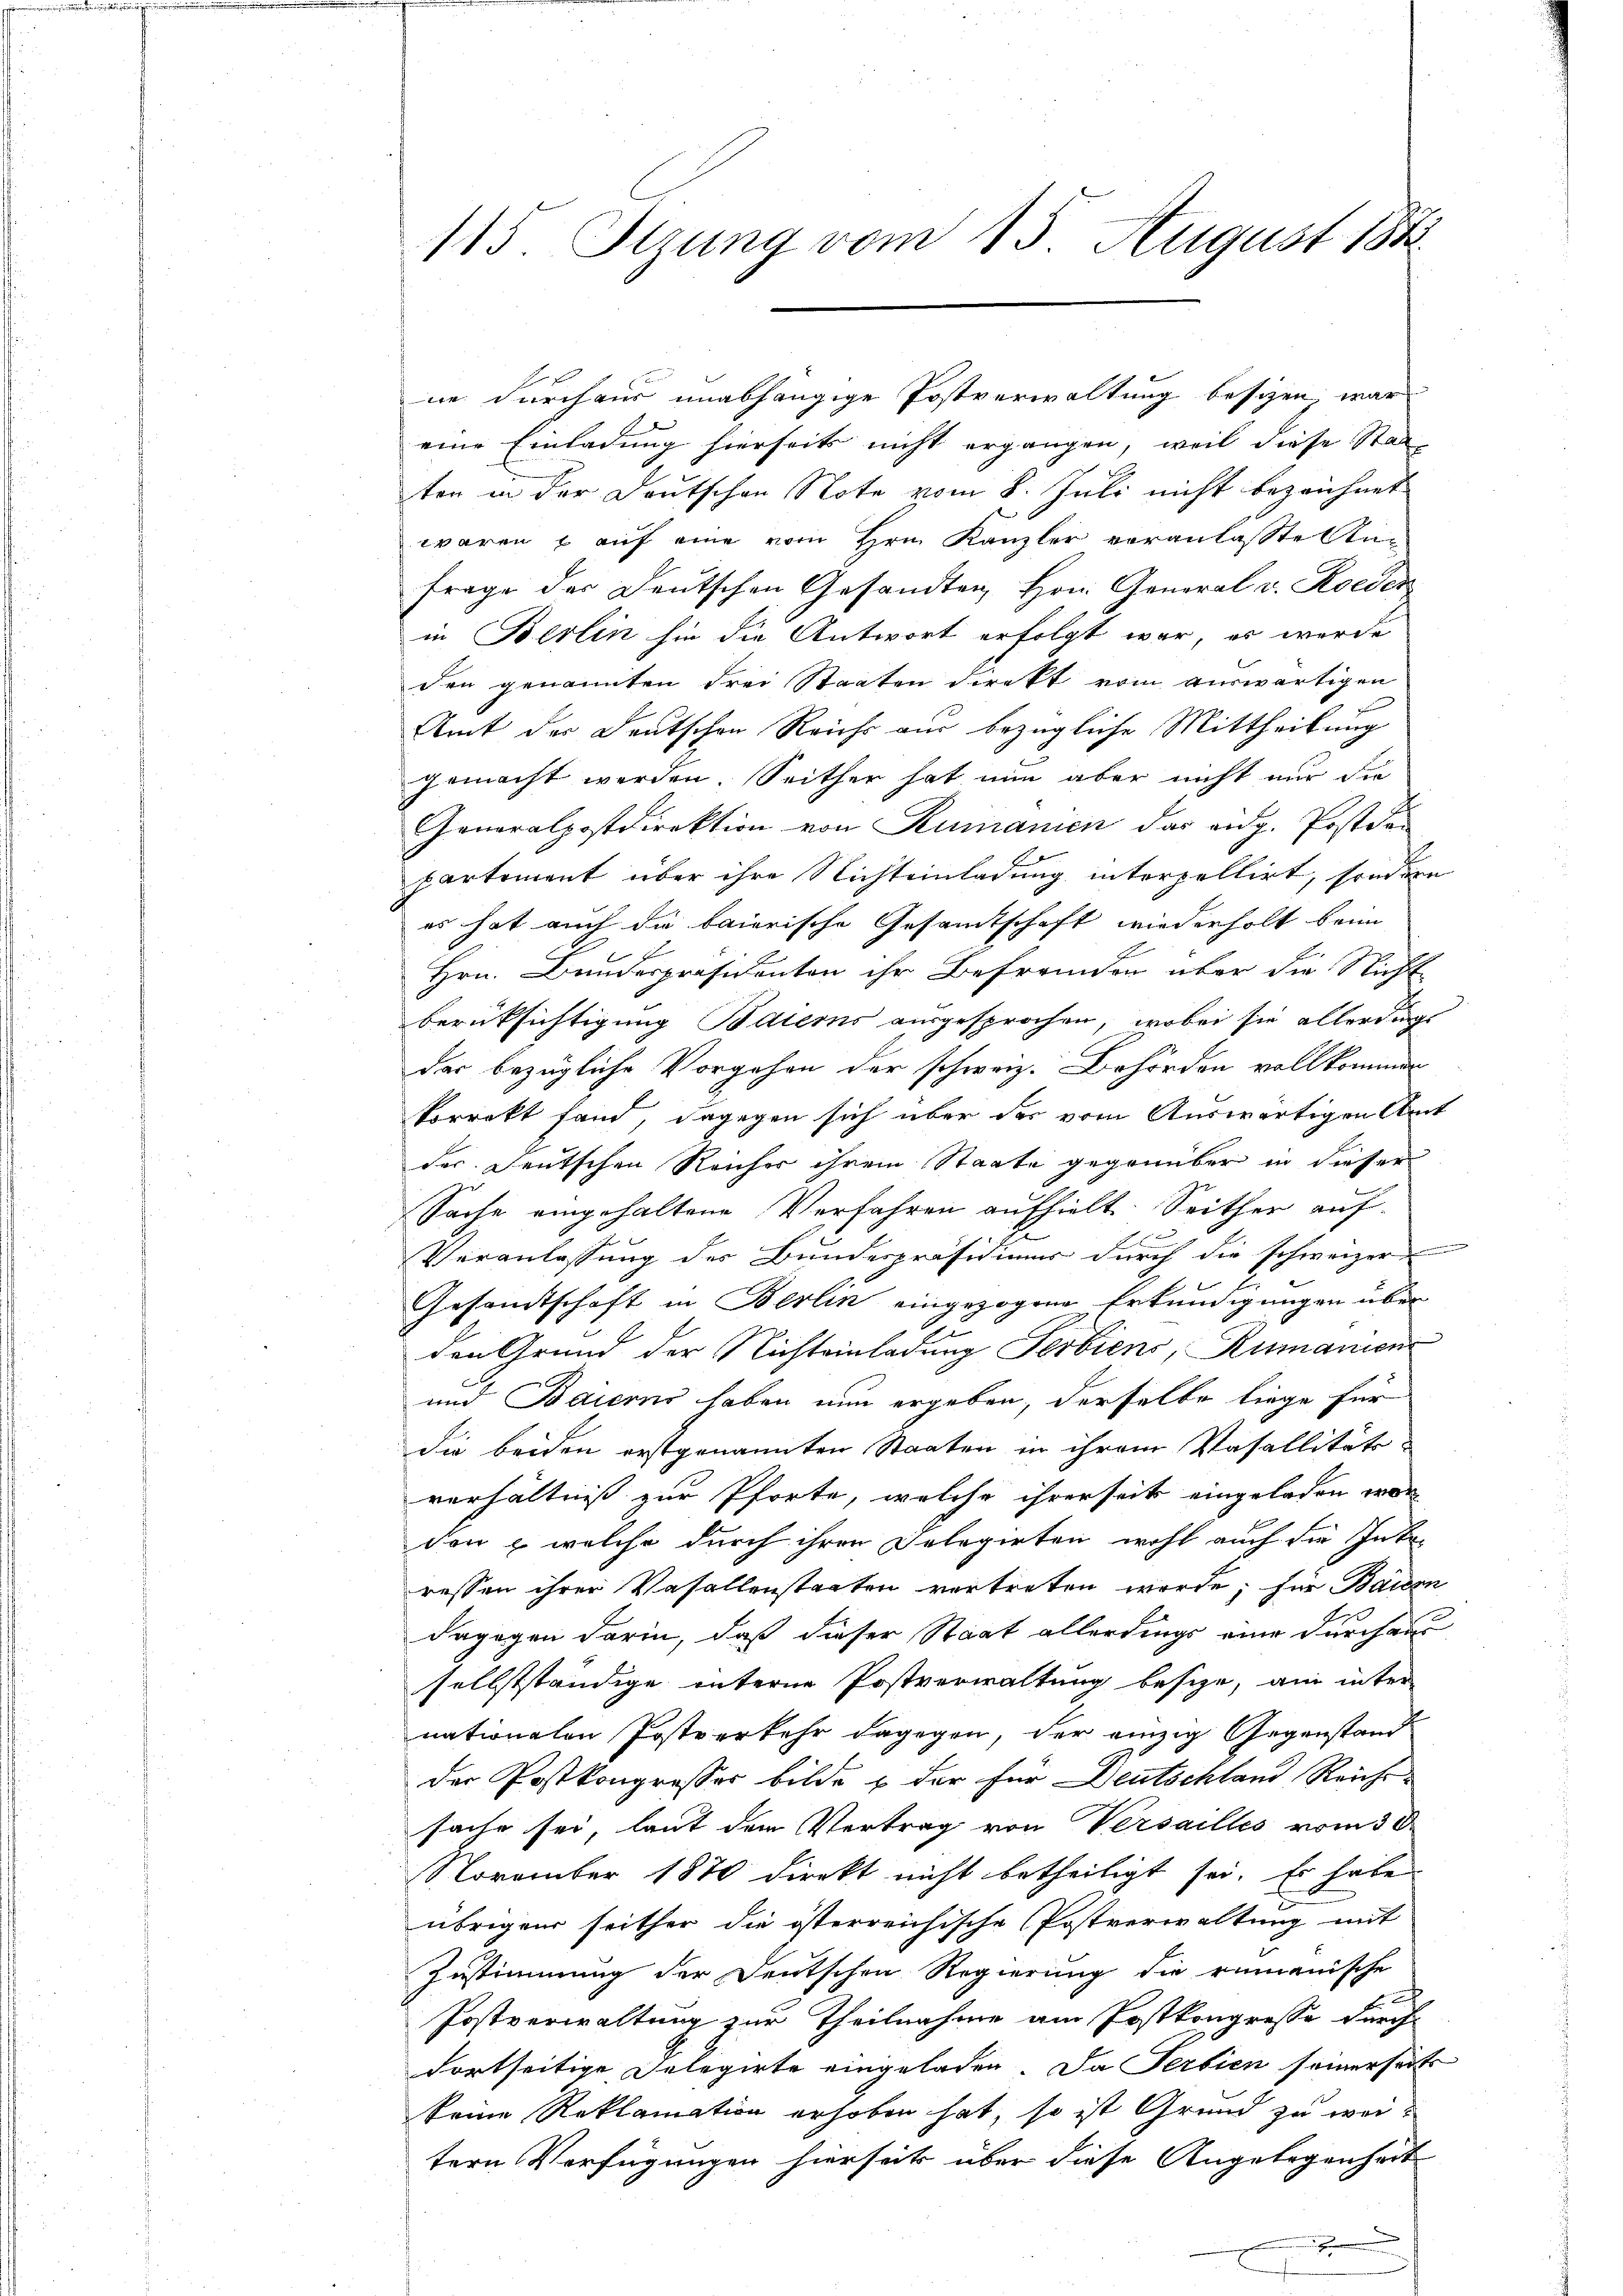
115 Sizung vom 15. August 1882

eine Einladung hierseits nicht ergangen, weil diese Stad
ten in der Deutschen Note vom 8. Juli nicht bezeichnet
waren & auf eine vom Hrn. Kanzler veranlasste Anfrage der Deutschen Gesandten, Hrn. General v. Roeder
in Berlin hin die Antwort erfolgt war, es werde
den genannten Frei Staaten direkt vom auswärtigen
Amt der Deutschen Reichs aus bezügliche Mittheilung
gemacht werden. Seither hat nun aber nicht nur die
Generalpostdirektion von Rumanien das aug. Postda-
partement über ihre Nichteinladung interpellirt, sondern
es hat auch die baierische Gesamtschaft wiederholt beim
Hrn. Bundespräsidenten ihr Befremden über die Nicht
Berüksichtigung Baierns ausgesprochen, wobei sie allerdings
das bezügliche Vorgehen der schweiz. Behörden vollkommen
korrekt fand, dagegen sich über des vom Auswärtigen Amt
des deutschen Reicher ihrem Staate gegenüber in dieser
Sache eingehaltene Verfahren aufhielt. Seither auf-
Veranlassung des Bundespräsidiums durch die schweizer
Gesamtschaft in Berlin eingezogene Erkundigungen über
den Grund der Nichteinladung Serbiens, Rumanien
und Baierns haben nun ergeben, derselbe liege für
die beiden erstgenannten Staaten in ihrem Vasallitäte
verhältniß zur Pforte, welche ihrerseits eingeladen wor
den & welche durch ihren Delegirten wohl auch die Inte-
ressen ihrer Vasallenstaaten vertreten werde; für Bauen
dagegen darin, daß dieser Staat allerdings eine durchaus
selbstständige unterne Postverwaltung besize, an inter
nationalen Postverkehr dagegen, der einzig Gegenstand
der Postkongrosses bilde u der für Deutschland Reichsache sei, laut dem Vertrag von Versalles vom 30.
November 1870 direkt nicht betheiligt sei. Es habe
übrigen seither die österreichische Postverwaltung mit
Zustimmung der Deutschen Regierung die rumänische
x
Postverwaltung zur Theilnahme am Postkongresse durch
dortseitige Delegirte eingeladen. Da Serbien seinerseits
keine Reklamation erhoben hat, so ist Grund zu weitern Verfügungen hierseits über diese Angelegenheit
.

ne durchaus unabhängige Postverwaltung besizen war